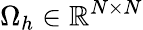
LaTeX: \Omega_{h}\in\mathbb{R}^{N\times N}